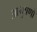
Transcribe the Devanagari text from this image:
आभुषणों